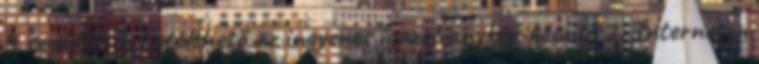
4 segédlet 1. Letölthető az ingyenes igazolványkép-készítő 2. Interneten